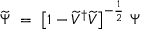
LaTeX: \widetilde \Psi \ = \ \big [ 1 - \widetilde V ^ { \dagger } \widetilde V \big ] ^ { - \frac { 1 } { 2 } } \ \Psi